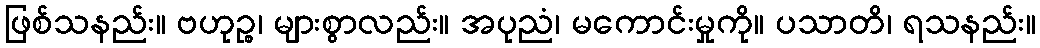
ဖြစ်သနည်း။ ဗဟုဉ္စ၊ များစွာလည်း။ အပုညံ၊ မကောင်းမှုကို။ ပသာတိ၊ ရသနည်း။